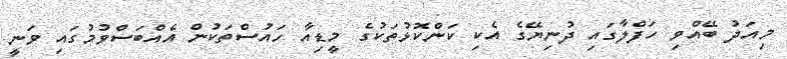
މިއަދު ބޭއްވި ހަފްލާގައި ދުނިޔޭގެ އެކި ކަންކޮޅުތަކުގެ މީޑިއާ ހައުސްތަކުން އެއްބަސްވުމުގައި ވަނީ